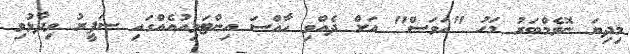
މިދިޔަ ނޮވެމްބަރު މަހު "އަވަސް" އަށް ދެއްވި ހާއްސަ އިންޓަވިއުއެއްގައި ސަފީރު ވިދާޅުވި